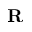
\mathbf { R }